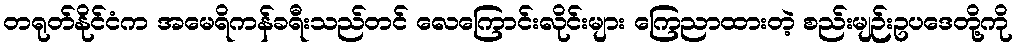
တရုတ်နိုင်ငံက အမေရိကန်ခရီးသည်တင် လေကြောင်းလိုင်းများ ကြေညာထားတဲ့ စည်းမျဉ်းဥပဒေတို့ကို